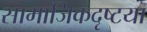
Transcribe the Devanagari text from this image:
सामाजिकदृष्‍टया